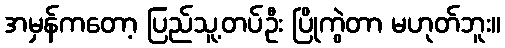
အမှန်ကတော့ ပြည်သူ့တပ်ဦး ပြိုကွဲတာ မဟုတ်ဘူး။